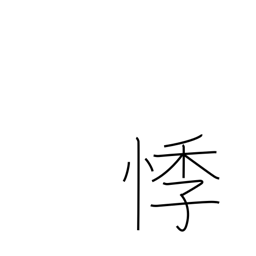
Meaning: shudder